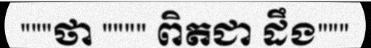
"""ថា """" ពិតជា ដឹង"""